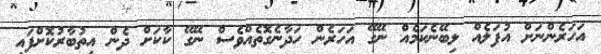
އަހަރެންނަށް އުފަލެއް ލިބޭނެކަމެއް ނޭގޭ އަހަރެން ހަދާނެގޮތެއްވެސް ނޭގޭ ކާކަށް ދެން އިތުބާރުކޮށްފައި